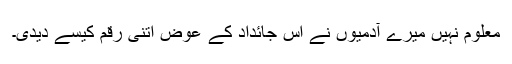
معلوم نہیں میرے آدمیوں نے اس جائداد کے عوض اتنی رقم کیسے دیدی۔